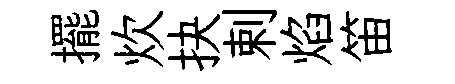
擺炊抉剌焰笛